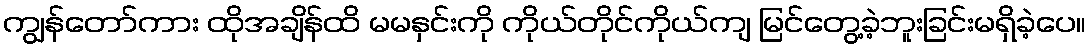
ကျွန်တော်ကား ထိုအချိန်ထိ မမနှင်းကို ကိုယ်တိုင်ကိုယ်ကျ မြင်တွေ့ခဲ့ဘူးခြင်းမရှိခဲ့ပေ။